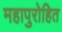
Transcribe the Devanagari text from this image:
महापुरोहित